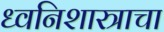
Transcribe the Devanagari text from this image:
ध्वनिशास्त्राचा